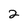
Character: 2